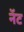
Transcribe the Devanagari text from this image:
नॅट